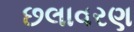
છલાવરણ